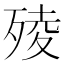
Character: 㱥